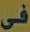
فى